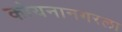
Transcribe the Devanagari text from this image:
कोयनानगरला